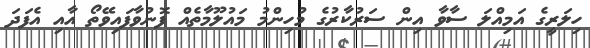
ހިލަރީގެ އަމިއްލަ ސާވާ އިން ސަރުކާރުގެ މުހިންމު މައުލޫމާތެއް ފޮނުވާފައިވޭތޯ އާއި އެފަދަ